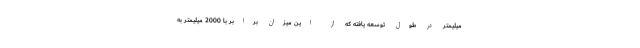
میلیمتر در طول توسعه یافته که از این میزان برابر با 2000 میلیمتر به